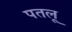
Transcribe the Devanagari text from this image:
पतलू